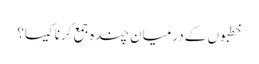
خطبوں کے درمیان چندہ جمع کرنا کیسا؟